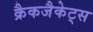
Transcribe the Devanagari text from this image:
क्रैकजैकेट्स